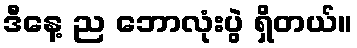
ဒီနေ့ ည ဘောလုံးပွဲ ရှိတယ်။